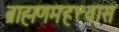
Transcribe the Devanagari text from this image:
ब्राह्मणमहत्त्वास